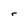
Character: r